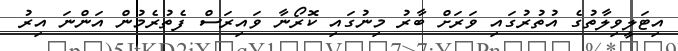
އިޓަލީވިލާތުގެ އުތުރުގައި ވަރަށް ބާރު މިނުގައި ކޮރޯނާ ވައިރަސް ފެތުރެމުން އަންނަ އިރު